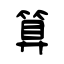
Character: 算